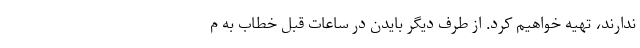
ندارند، تهیه خواهیم کرد. از طرف دیگر بایدن در ساعات قبل خطاب به م